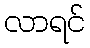
လာရင်